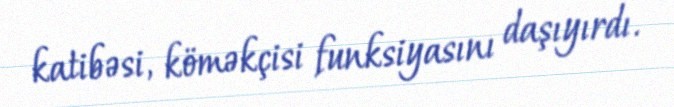
katibəsi, köməkçisi funksiyasını daşıyırdı.